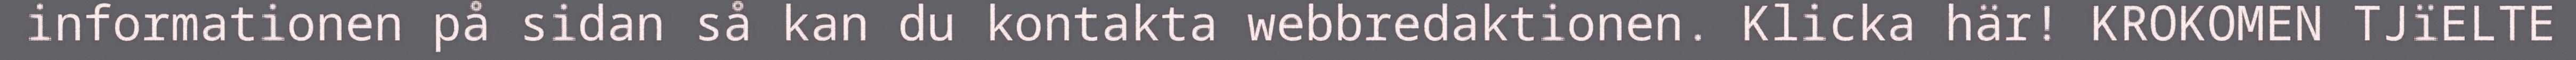
informationen på sidan så kan du kontakta webbredaktionen. Klicka här! KROKOMEN TJïELTE